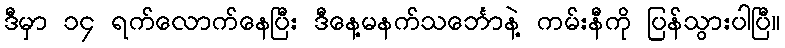
ဒီမှာ ၁၄ ရက်လောက်နေပြီး ဒီနေ့မနက်သင်္ဘောနဲ့ ကမ်းနီကို ပြန်သွားပါပြီ။